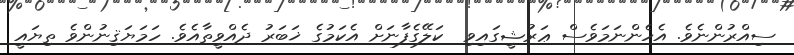
ސިއްރުންނެވެ. އެހެންނަމަވެސް ޢަރުޝީގައިވި  ކަލޭގެފާނަށް އެކަމުގެ ޚަބަރު ދެއްވީތާއެވެ. ހަމަޔަޤިނުންވެ ތިޔައީ